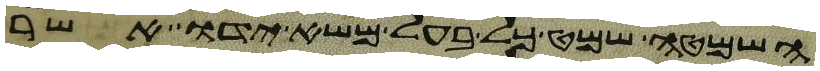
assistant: השמטה שמט כל בעל משא ידו אשר